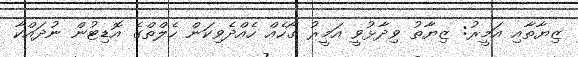
ޒިޔާތާއި އަމީރު: ޒިޔާތު ވިދާޅުވީ އަމީރު ގޯހެއް ހެއްދެވިކަން ހެލްްތްގެ އޮޑިޓުން ނުދައްކާ